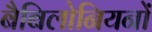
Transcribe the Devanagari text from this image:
बैबिलोनियनों